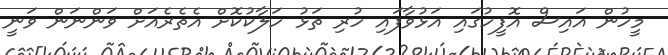
މީހުން އައިސް އޮފީހުގައި އަޅުވާފައި ހުރި ތަޅު ހަލާކުކޮށް އެތެރެއަށް ވަންނަން ވަނީ